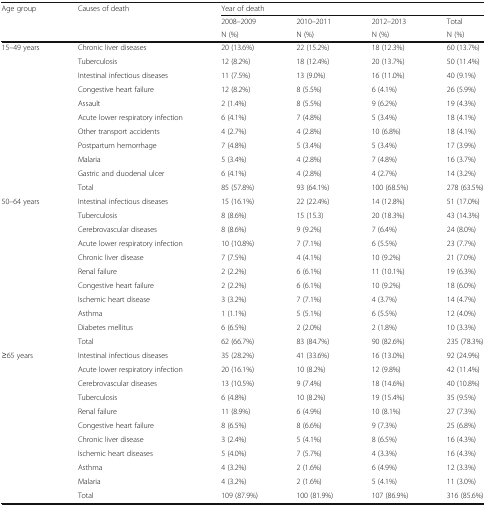
<table><thead><tr><td rowspan="3"><b>Age group</b></td><td rowspan="3"><b>Causes of death</b></td><td colspan="4"><b>Year of death</b></td></tr><tr><td><b>2008–2009</b></td><td><b>2010–2011</b></td><td><b>2012–2013</b></td><td><b>Total</b></td></tr><tr><td><b>N (%)</b></td><td><b>N (%)</b></td><td><b>N (%)</b></td><td><b>N (%)</b></td></tr></thead><tbody><tr><td rowspan="10">15–49 years</td><td>Chronic liver diseases</td><td>20 (13.6%)</td><td>22 (15.2%)</td><td>18 (12.3%)</td><td>60 (13.7%)</td></tr><tr><td>Tuberculosis</td><td>12 (8.2%)</td><td>18 (12.4%)</td><td>20 (13.7%)</td><td>50 (11.4%)</td></tr><tr><td>Intestinal infectious diseases</td><td>11 (7.5%)</td><td>13 (9.0%)</td><td>16 (11.0%)</td><td>40 (9.1%)</td></tr><tr><td>Congestive heart failure</td><td>12 (8.2%)</td><td>8 (5.5%)</td><td>6 (4.1%)</td><td>26 (5.9%)</td></tr><tr><td>Assault</td><td>2 (1.4%)</td><td>8 (5.5%)</td><td>9 (6.2%)</td><td>19 (4.3%)</td></tr><tr><td>Acute lower respiratory infection</td><td>6 (4.1%)</td><td>7 (4.8%)</td><td>5 (3.4%)</td><td>18 (4.1%)</td></tr><tr><td>Other transport accidents</td><td>4 (2.7%)</td><td>4 (2.8%)</td><td>10 (6.8%)</td><td>18 (4.1%)</td></tr><tr><td>Postpartum hemorrhage</td><td>7 (4.8%)</td><td>5 (3.4%)</td><td>5 (3.4%)</td><td>17 (3.9%)</td></tr><tr><td>Malaria</td><td>5 (3.4%)</td><td>4 (2.8%)</td><td>7 (4.8%)</td><td>16 (3.7%)</td></tr><tr><td>Gastric and duodenal ulcer</td><td>6 (4.1%)</td><td>4 (2.8%)</td><td>4 (2.7%)</td><td>14 (3.2%)</td></tr><tr><td></td><td>Total</td><td>85 (57.8%)</td><td>93 (64.1%)</td><td>100 (68.5%)</td><td>278 (63.5%)</td></tr><tr><td rowspan="10">50–64 years</td><td>Intestinal infectious diseases</td><td>15 (16.1%)</td><td>22 (22.4%)</td><td>14 (12.8%)</td><td>51 (17.0%)</td></tr><tr><td>Tuberculosis</td><td>8 (8.6%)</td><td>15 (15.3)</td><td>20 (18.3%)</td><td>43 (14.3%)</td></tr><tr><td>Cerebrovascular diseases</td><td>8 (8.6%)</td><td>9 (9.2%)</td><td>7 (6.4%)</td><td>24 (8.0%)</td></tr><tr><td>Acute lower respiratory infection</td><td>10 (10.8%)</td><td>7 (7.1%)</td><td>6 (5.5%)</td><td>23 (7.7%)</td></tr><tr><td>Chronic liver disease</td><td>7 (7.5%)</td><td>4 (4.1%)</td><td>10 (9.2%)</td><td>21 (7.0%)</td></tr><tr><td>Renal failure</td><td>2 (2.2%)</td><td>6 (6.1%)</td><td>11 (10.1%)</td><td>19 (6.3%)</td></tr><tr><td>Congestive heart failure</td><td>2 (2.2%)</td><td>6 (6.1%)</td><td>10 (9.2%)</td><td>18 (6.0%)</td></tr><tr><td>Ischemic heart disease</td><td>3 (3.2%)</td><td>7 (7.1%)</td><td>4 (3.7%)</td><td>14 (4.7%)</td></tr><tr><td>Asthma</td><td>1 (1.1%)</td><td>5 (5.1%)</td><td>6 (5.5%)</td><td>12 (4.0%)</td></tr><tr><td>Diabetes mellitus</td><td>6 (6.5%)</td><td>2 (2.0%)</td><td>2 (1.8%)</td><td>10 (3.3%)</td></tr><tr><td></td><td>Total</td><td>62 (66.7%)</td><td>83 (84.7%)</td><td>90 (82.6%)</td><td>235 (78.3%)</td></tr><tr><td rowspan="10">≥65 years</td><td>Intestinal infectious diseases</td><td>35 (28.2%)</td><td>41 (33.6%)</td><td>16 (13.0%)</td><td>92 (24.9%)</td></tr><tr><td>Acute lower respiratory infection</td><td>20 (16.1%)</td><td>10 (8.2%)</td><td>12 (9.8%)</td><td>42 (11.4%)</td></tr><tr><td>Cerebrovascular diseases</td><td>13 (10.5%)</td><td>9 (7.4%)</td><td>18 (14.6%)</td><td>40 (10.8%)</td></tr><tr><td>Tuberculosis</td><td>6 (4.8%)</td><td>10 (8.2%)</td><td>19 (15.4%)</td><td>35 (9.5%)</td></tr><tr><td>Renal failure</td><td>11 (8.9%)</td><td>6 (4.9%)</td><td>10 (8.1%)</td><td>27 (7.3%)</td></tr><tr><td>Congestive heart failure</td><td>8 (6.5%)</td><td>8 (6.6%)</td><td>9 (7.3%)</td><td>25 (6.8%)</td></tr><tr><td>Chronic liver disease</td><td>3 (2.4%)</td><td>5 (4.1%)</td><td>8 (6.5%)</td><td>16 (4.3%)</td></tr><tr><td>Ischemic heart diseases</td><td>5 (4.0%)</td><td>7 (5.7%)</td><td>4 (3.3%)</td><td>16 (4.3%)</td></tr><tr><td>Asthma</td><td>4 (3.2%)</td><td>2 (1.6%)</td><td>6 (4.9%)</td><td>12 (3.3%)</td></tr><tr><td>Malaria</td><td>4 (3.2%)</td><td>2 (1.6%)</td><td>5 (4.1%)</td><td>11 (3.0%)</td></tr><tr><td></td><td>Total</td><td>109 (87.9%)</td><td>100 (81.9%)</td><td>107 (86.9%)</td><td>316 (85.6%)</td></tr></tbody></table>